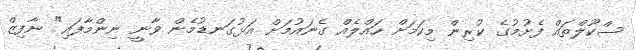
ސްކޫލްތައް ފެށުމުގެ ކުރިން މިކަމަށް ހައްލެއް ގެނައުމަށް އަޅުގަނޑުމެން ވާނީ ނިންމާފައި" ނާފިޒް